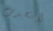
لاتتحدث